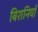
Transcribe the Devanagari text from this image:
बिरानियाँ